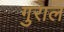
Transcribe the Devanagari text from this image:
गुराल